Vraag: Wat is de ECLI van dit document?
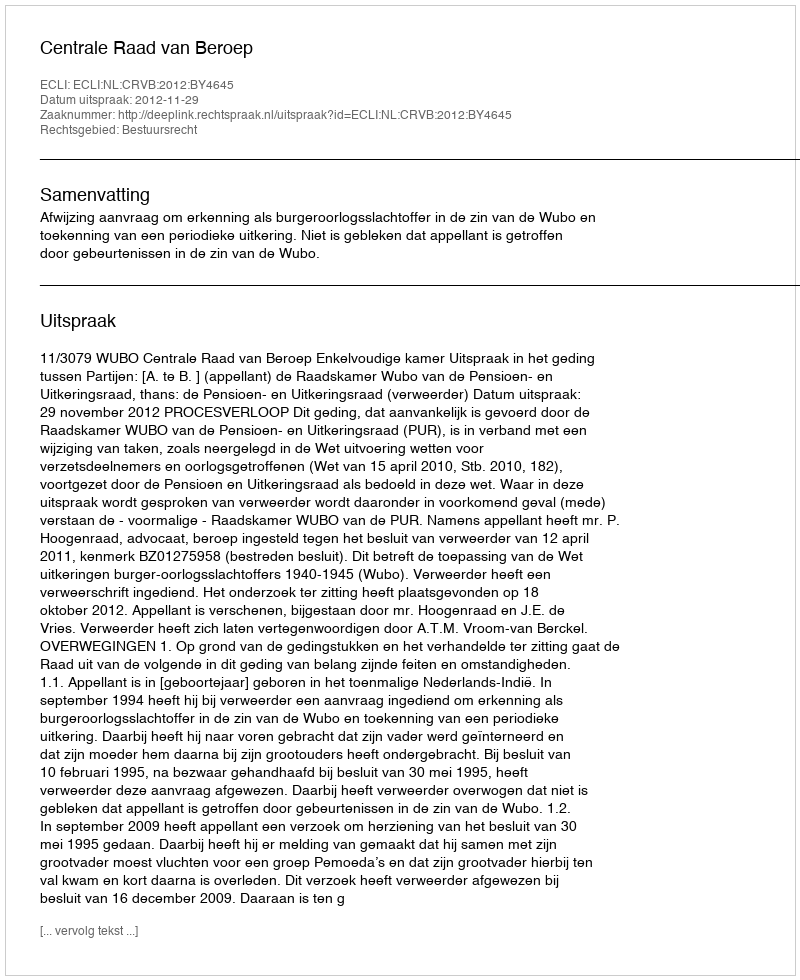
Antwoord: ECLI:NL:CRVB:2012:BY4645